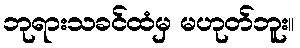
ဘုရားသခင်ထံမှ မဟုတ်ဘူး။